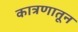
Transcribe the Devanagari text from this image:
कात्रणातून